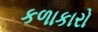
કળાકારો